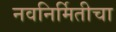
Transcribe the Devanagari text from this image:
नवनिर्मितीचा